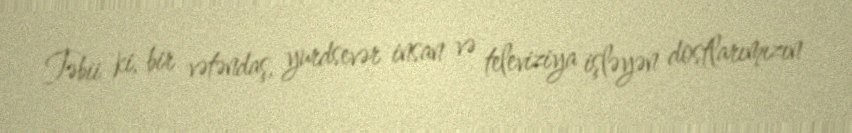
Təbii ki, bir vətəndaş, yurdsevər insan və televiziya işləyən dostlarımızın